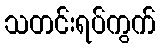
သတင်းရပ်ကွက်